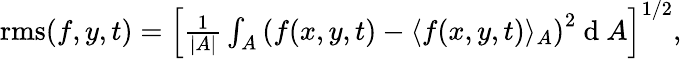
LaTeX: \begin{array}{r}{\mathrm{rms}(f,y,t)=\left[\frac{1}{|A|}\int_{A}\left(f(x,y,t)-\langle f(x,y,t)\rangle_{A}\right)^{2}\mathrm{~d~}A\right]^{1/2},}\end{array}